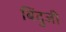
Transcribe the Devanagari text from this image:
बिंदुजी